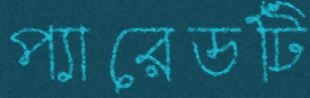
প্যারেডটি